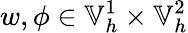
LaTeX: w,\phi\in\mathbb{V}_{h}^{1}\times\mathbb{V}_{h}^{2}